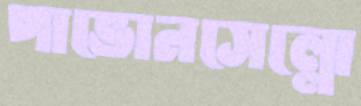
পাভোনসেল্লো